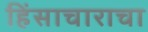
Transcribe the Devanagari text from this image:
हिंसाचाराचा